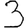
Digit: 3